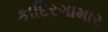
કાદિરગામાર